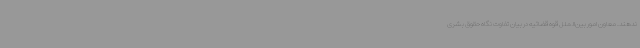
ندهند. معاون امور بین‌الملل قوه قضائیه در بیان تفاوت نگاه حقوق بشری